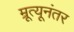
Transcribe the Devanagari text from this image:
म्रूत्यूनंतर